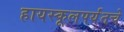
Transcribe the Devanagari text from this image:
हायस्कूलपर्यंतचे